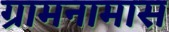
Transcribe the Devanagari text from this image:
ग्रामनामास